Rangoon Lunatic Asylum 1878-1892 - 1878-1892
Year: 1878
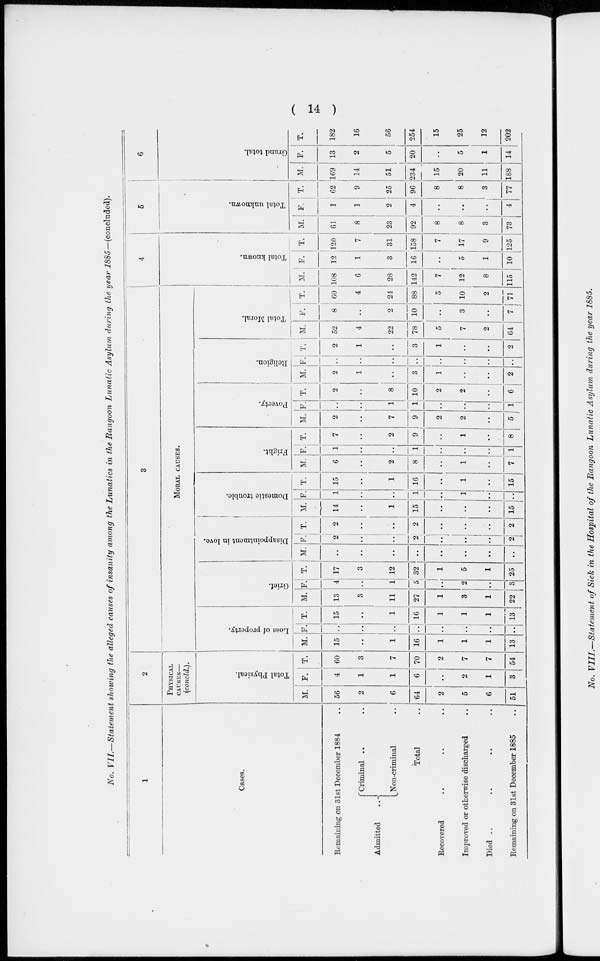
( 14 )
No. VII.—Statement showing the alleged causes of insanity among the Lunatics in the Rangoon Lunatic Asylum during the year 1885—(concluded).
1
Cases.
Remaining on 31st December 1884 ..
Admitted ..
Criminal .. ..
Non-criminal ..
Total ..
Recovered .. .. ..
Improved or otherwise discharged ..
Died .. .. .. ..
Remaining on 31st December 1885 ..
2
PHYSICAL
CAUSES—
(concld.).
Total Physical.
M.
56
2
6
64
2
5
6
51
F.
4
1
1
6
..
2
1
3
T.
60
3
7
70
2
7
7
54
3
MORAL CAUSES.
Loss of property.
M.
15
..
1
16
1
1
1
13
F.
..
..
..
..
..
..
..
..
T.
15
..
1
16
1
1
1
13
Grief.
M.
13
3
11
27
1
3
1
22
F.
4
..
1
5
..
2
..
3
T.
17
3
12
32
1
5
1
25
Disappointment in love.
M.
..
..
..
..
..
..
..
..
F.
2
..
..
2
..
..
..
2
T.
2
..
..
2
..
..
..
2
Domestic trouble.
M.
14
..
1
15
..
..
..
15
F.
1
..
..
1
..
1
..
..
T.
15
1
16
..
1
..
15
Fright.
M.
6
..
2
8
..
1
..
7
F.
1
..
..
1
..
..
..
1
T.
7
..
2
9
..
1
..
8
Poverty.
M.
2
..
7
9
2
2
..
5
F.
..
..
1
1
..
..
..
1
T.
2
..
8
10
2
2
..
6
Religion.
M.
2
1
..
3
1
..
..
2
F.
..
..
..
..
..
..
..
..
T.
2
1
..
3
1
..
..
2
Total Moral.
M.
52
4
22
78
5
7
2
64
F.
8
..
2
10
..
3
..
7
T.
60
4
24
88
5
10
2
71
4
Total known.
M.
108
6
28
142
7
12
8
115
F.
12
1
3
16
..
5
1
10
T.
120
7
31
158
7
17
9
125
5
Total unknown.
M.
61
8
23
92
8
8
3
73
F.
1
1
2
4
..
..
..
4
T.
62
9
25
96
8
8
3
77
6
Grand total.
M.
169
14
51
234
15
20
11
188
F.
13
2
5
20
..
5
1
14
T.
182
16
56
254
15
25
12
202